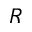
R